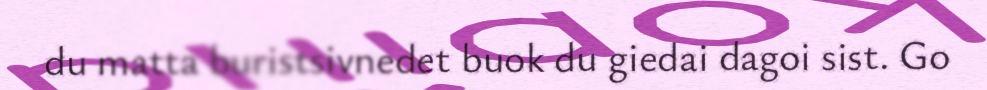
du matta buristsivnedet buok du giedai dagoi sist. Go